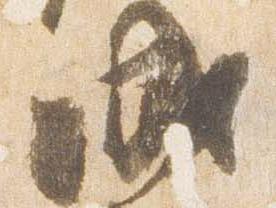
成